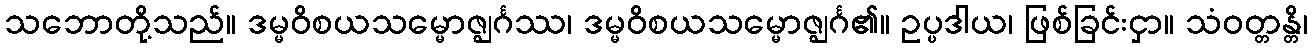
သဘောတို့သည်။ ဒမ္မဝိစယသမ္မောဇ္ဈင်္ဂဿ၊ ဒမ္မဝိစယသမ္မောဇ္ဈင်္ဂ၏။ ဥပ္ပဒါယ၊ ဖြစ်ခြင်းငှာ။ သံဝတ္တန္တိ၊